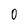
Character: 0